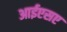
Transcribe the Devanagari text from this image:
आईएसए